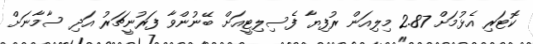
ކޮޓަރި އެޅުމަށް 2.87 މިލިއަން ރުފިޔާ ފެސިލިޓީއަށް ބޭނުންވާ ފަރުނީޗަރު އަދި ސާމާނަށް